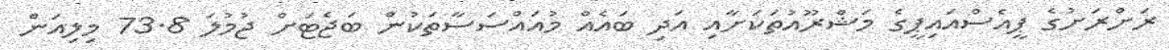
ރަށްރަށުގެ ޕީއެސްއައިޕީގެ މަޝްރޫއުތަކަށާއި އަދި ބައެއް މުއައްސަސާތަކުން ބަޖެޓަށް ޖުމުލަ 73.8 މިލިއަން